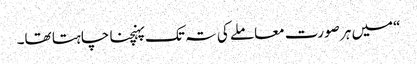
“میں ہر صورت معاملے کی تہ تک پہنچنا چاہتا تھا۔